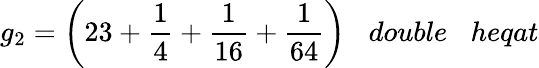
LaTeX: g_{2}={\bigg(}23+{\frac{1}{4}}+{\frac{1}{16}}+{\frac{1}{64}}{\bigg)}\; \; \; double\; \; \; heqat